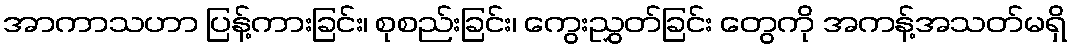
အာကာသဟာ ပြန့်ကားခြင်း၊ စုစည်းခြင်း၊ ကွေးညွှတ်ခြင်း တွေကို အကန့်အသတ်မရှိ